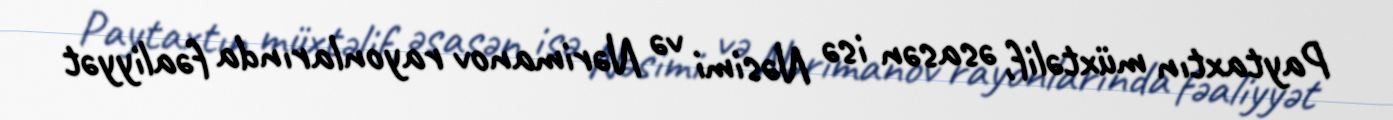
Paytaxtın müxtəlif, əsasən isə Nəsimi və Nərimanov rayonlarında fəaliyyət